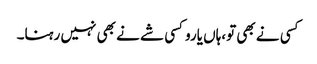
کسی نے بھی تو،ہاں یاروکسی شے نے بھی نہیں رہنا۔